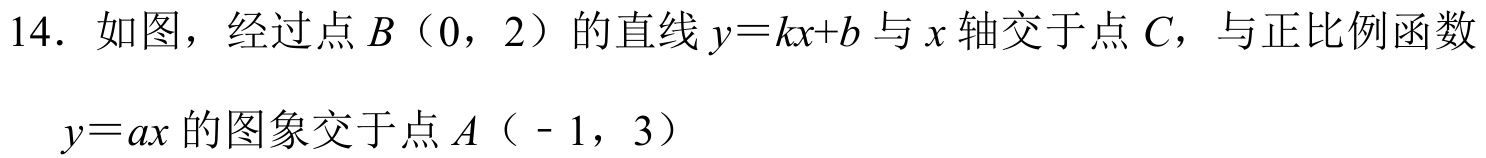
14. 如图，经过点\(B(0,2)\)的直线\(y = kx + b\)与\(x\)轴交于点\(C\)，与正比例函数\(y = ax\)的图象交于点\(A(-1,3)\)